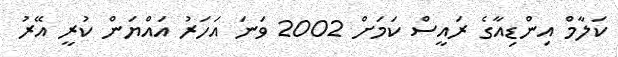
ކަލާމް އިންޑިއާގެ ރައީސް ކަމަށް 2002 ވަނަ އަހަރު އައްޔަން ކުރީ އޭރު